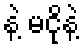
နဲ့ မငိုနဲ့